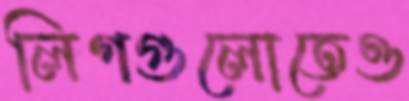
লিগগুলোতেও